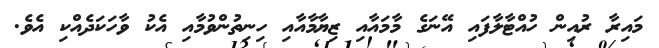
މައިރާ ރުއިން ހުއްޓާލާފައި އޭނަގެ މާމައާއި ޒިޔާމާއާއި ހިނިތުންވުމާއި އެކު ވާހަކަދެއްކި އެވެ.